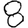
Digit: 8